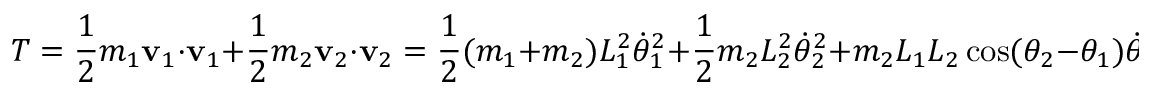
T = { \frac { 1 } { 2 } } m _ { 1 } \mathbf { v } _ { 1 } \cdot \mathbf { v } _ { 1 } + { \frac { 1 } { 2 } } m _ { 2 } \mathbf { v } _ { 2 } \cdot \mathbf { v } _ { 2 } = { \frac { 1 } { 2 } } ( m _ { 1 } + m _ { 2 } ) L _ { 1 } ^ { 2 } { \dot { \theta } } _ { 1 } ^ { 2 } + { \frac { 1 } { 2 } } m _ { 2 } L _ { 2 } ^ { 2 } { \dot { \theta } } _ { 2 } ^ { 2 } + m _ { 2 } L _ { 1 } L _ { 2 } \cos ( \theta _ { 2 } - \theta _ { 1 } ) { \dot { \theta } } _ { 1 } { \dot { \theta } } _ { 2 } .